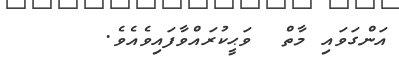
އަންގަވައި މާތް  ވަޙީކުރައްވާފައިވެއެވެ.